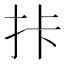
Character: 拤